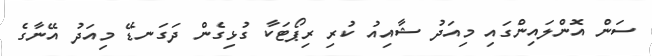
ސަން އޮންލައިންގައި މިއަދު ޝާއިއު ކުރި ރިޕޯޓަކާ ގުޅިގެން ދަގަނޑޭ މިއަދު އޭނާގެ